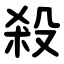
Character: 殺